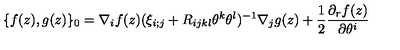
\{ f ( z ) , g ( z ) \} _ { 0 } = \nabla _ { i } f ( z ) ( \xi _ { i ; j } + R _ { i j k l } \theta ^ { k } \theta ^ { l } ) ^ { - 1 } \nabla _ { j } g ( z ) + \frac 1 2 \frac { \partial _ { r } f ( z ) } { \partial \theta ^ { i } }